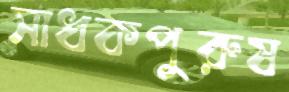
সাধকপুরুষ